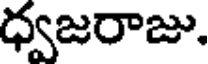
ధ్వజరాజు.